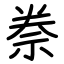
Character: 䄅